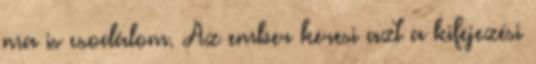
ma is csodálom. Az ember keresi azt a kifejezési